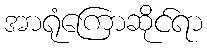
အာရုံကြောဆိုင်ရာ